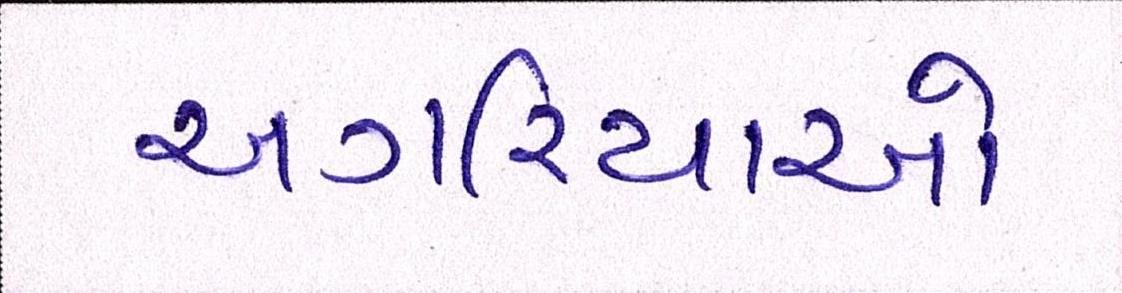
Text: અગરિયાઓ